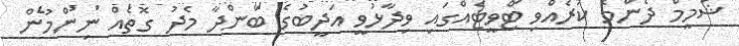
ޝަމީމް ދެންމެ ކުރެއްވި ޓްވީޓެއްގައި ވިދާޅުވީ އަދީބުގެ ބަންދާ މެދު ގޮތެއް ނިންމުން